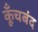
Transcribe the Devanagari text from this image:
कूँचबंद